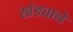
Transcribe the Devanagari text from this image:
खंड्याने